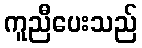
ကူညီပေးသည်